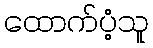
ထောက်ပံ့သူ